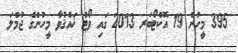
395 މީހުން 19 އޮކްޓޯބަރ 2013 ގައި ވޯޓު ޚައްޤުވާ މީހުންގެ ޖުމްލަ